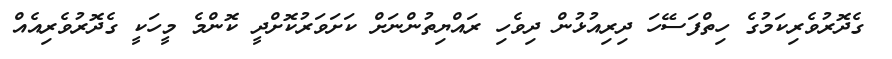
ގެދޮރުވެރިކަމުގެ ހިތްފަސޭހަ ދިރިއުޅުން ދިވެހި ރައްޔިތުންނަށް ކަށަވަރުކޮށްދީ ކޮންމެ މީހަކީ ގެދޮރުވެރިއެއް